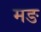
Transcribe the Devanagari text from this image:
मङ